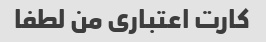
کارت اعتباری من لطفا